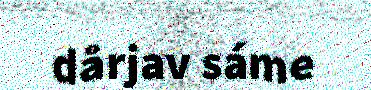
dårjav sáme